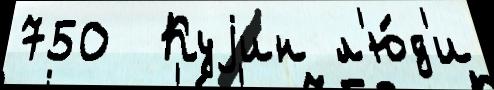
750  Куjин л'ю́д'и